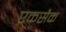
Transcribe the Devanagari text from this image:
एकसैक